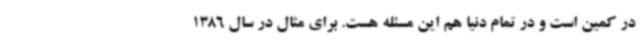
در کمین است و در تمام دنیا هم این مسئله هست. برای مثال در سال 1386